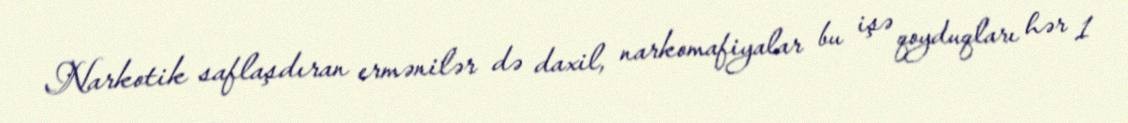
Narkotik saflaşdıran ermənilər də daxil, narkomafiyalar bu işə qoyduqları hər 1